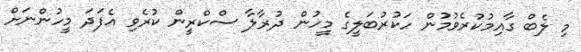
މި ލެބް ގާއިމުކުރެވުމުން ހަކުރުބަލީގެ މީހުން ދުރާލާ ސްކްރީން ކުރެވި އެފަދަ މީހުންނަށް